Report of the Imperial Institute of Veterinary Research, Muktesar
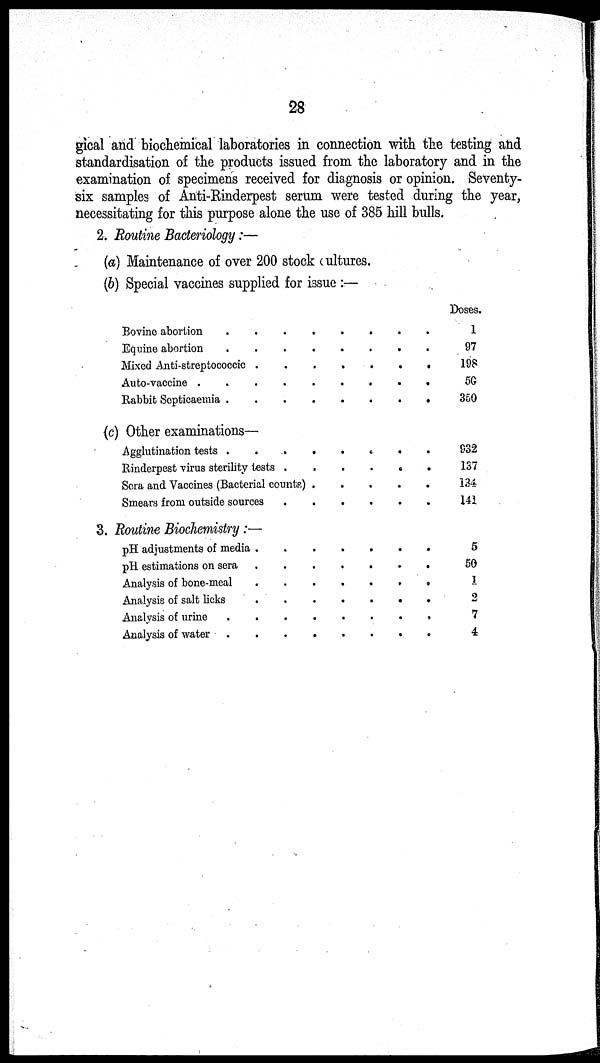
28
gical and biochemical laboratories in connection with the testing and
standardisation of the products issued from the laboratory and in the
examination of specimens received for diagnosis or opinion. Seventy-
six samples of Anti-Rinderpest serum were tested during the year,
necessitating for this purpose alone the use of 385 hill bulls.
2. Routine Bacteriology :—
(a) Maintenance of over 200 stock cultures.
(b) Special vaccines supplied for issue :—
Bovine abortion
Equine abortion
Mixed Anti-streptococcic
Auto-vaccine .
Rabbit Septicaemia .
.
.
.
.
.
.
.
.
.
.
.
.
.
.
.
.
.
.
.
.
.
.
.
.
.
.
.
.
.
.
.
.
.
.
.
Doses.
1
97
198
50
350
(c) Other examinations—
Agglutination tests .
.
Rinderpest virus sterility tests
.
.
Sera and Vaccines (Bacterial counts)
Smears from outside sources
.
.
.
.
.
.
.
.
.
.
.
.
.
.
.
.
.
.
.
.
.
932
137
134
141
3. Routine Biochemistry :—
pH adjustments of media
pH estimations on sera
Analysis of bone-meal
Analysis of salt licks
Analysis of urine
Analysis of water
.
.
.
.
.
.
.
.
.
.
.
.
.
.
.
.
.
.
.
.
.
.
.
.
.
.
.
.
.
.
.
.
.
.
.
.
.
.
.
.
.
.
5
50
1
2
7
4